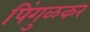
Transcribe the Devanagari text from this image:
पिंगुळकर